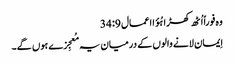
وہ فوراً اُٹھ کھڑا ہُؤا اعمال 9: 34
اِیمان لانے والوں کے درمیان یہ مُعجِزے ہوں گے۔